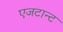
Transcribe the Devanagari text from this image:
एजटान्ट